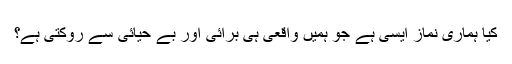
کیا ہماری نماز ایسی ہے جو ہمیں واقعی ہی برائی اور بے حیائی سے روکتی ہے؟